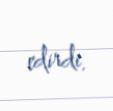
edirdi.